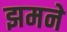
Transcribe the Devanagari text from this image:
झमने